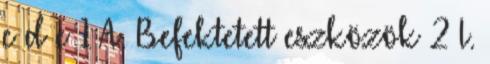
c d e 1 A. Befektetett eszközök 2 I.